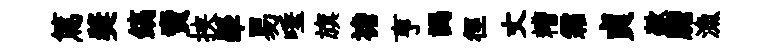
篤奬鎬𧶠挟犖易唾旗襜亨謁徑丈糟霜貞歘膽漁